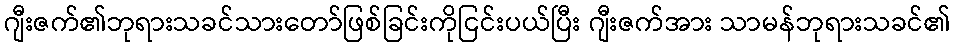
ဂျီးဇက်၏ဘုရားသခင်သားတော်ဖြစ်ခြင်းကိုငြင်းပယ်ပြီး ဂျီးဇက်အား သာမန်ဘုရားသခင်၏